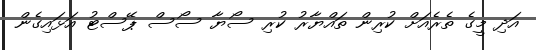
އަދި މީގެ ތެރެއަށް ކުރިން ތައްޔާރު ކުރި ސޯޔާ ސޯސް ޕޭސްޓު އަޅައިގެން